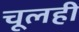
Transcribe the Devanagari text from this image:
चूलही